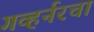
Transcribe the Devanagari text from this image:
गव्हर्नरचा